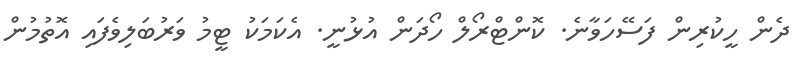
ދެން ހީކުރިން ފަސޭހަވާނެ. ކޮންޓްރޯލް ހޯދަން އުޅުނީ. އެކަމަކު ޓީމު ވަރުބަލިވެފައި އޮތުމުން